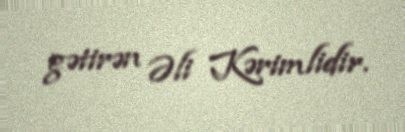
gətirən Əli Kərimlidir.